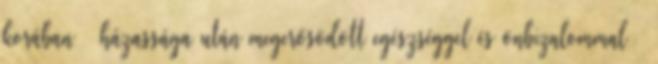
korában – házassága után megerősödött egészséggel és önbizalommal –